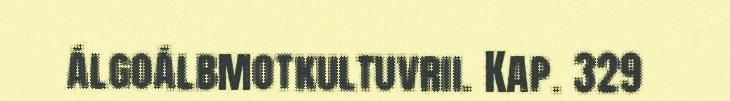
álgoálbmotkultuvrii. Kap. 329